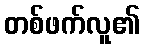
တစ်ဖက်လူ၏